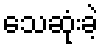
သေဆုံးခဲ့